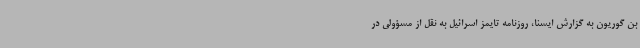
بن گوریون به گزارش ایسنا، روزنامه تایمز اسرائیل به نقل از مسؤولی در